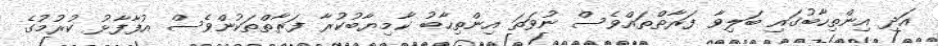
އަދި އިންތިހާބުގައި ބަލިވާ ފަރާތްތައްވެސް ނުވަތަ އިންތިހާބު ކާމިޔާބުކުރާ ފަރާތްތަކުންވެސް އުފާފާޅު ކުރުމުގެ